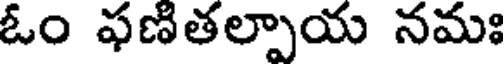
ఓం ఫణితల్పాయ నమః